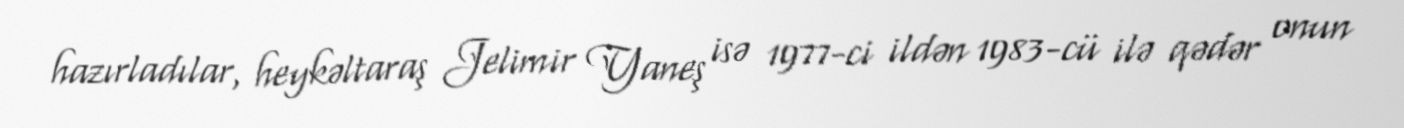
hazırladılar, heykəltaraş Jelimir Yaneş isə 1977-ci ildən 1983-cü ilə qədər onun